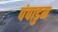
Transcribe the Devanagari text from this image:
पंपाडुम